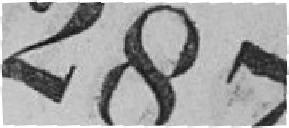
287